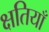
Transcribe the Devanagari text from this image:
क्षतियाँ